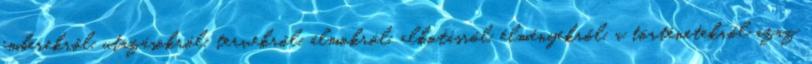
emberekről, utazásokról, tervekről, álmokról. alkotásról, élményekről, a történetekről azaz